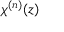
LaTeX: { { \chi } ^ { ( n ) } } ( z )